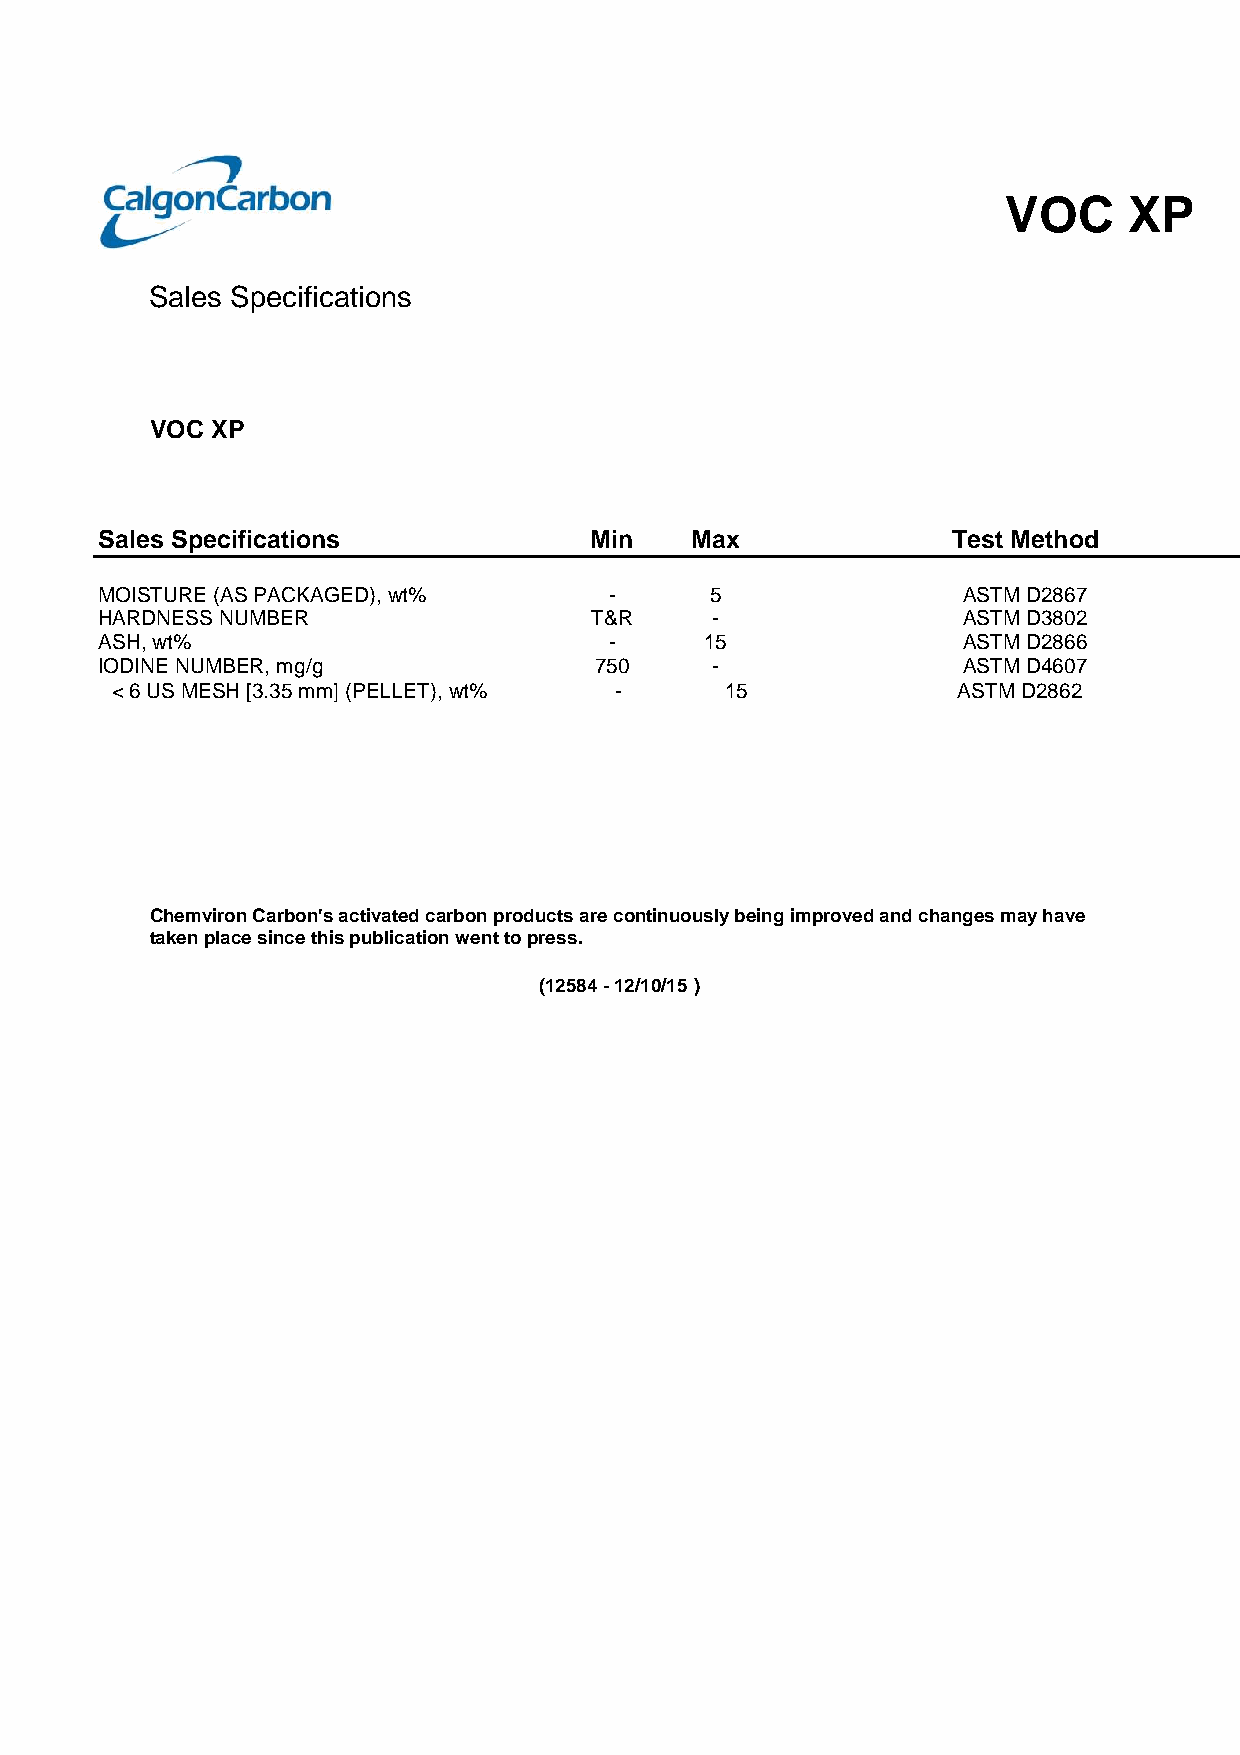
VOC     XP
 Sales Specifications
 VOC XP
 Sales Specifications            Min    Max              Test Method
 MOISTURE (AS PACKAGED), wt%      -      5                ASTM D2867
 HARDNESS NUMBER                 T&R     -                ASTM D3802
 ASH, wt%                         -      15               ASTM D2866
 IODINE NUMBER, mg/g             750     -                ASTM D4607
 < 6 US MESH [3.35 mm] (PELLET), wt% -    15             ASTM D2862
 Chemviron Carbon's activated carbon products are continuously being improved and changes may have
 taken place since this publication went to press.
 (12584 - 12/10/15 )